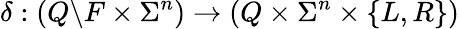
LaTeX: \delta:\left(Q\backslash F\times\Sigma^{n}\right)\rightarrow\left(Q\times\Sigma^{n}\times\{ L,R\} \right)